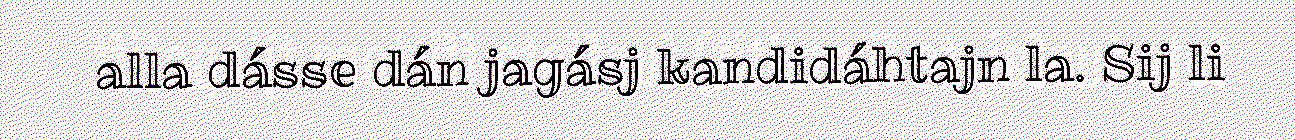
alla dásse dán jagásj kandidáhtajn la. Sij li